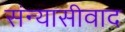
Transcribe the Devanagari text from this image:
संन्यासीवाद